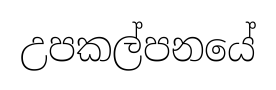
උපකල්පනයේ